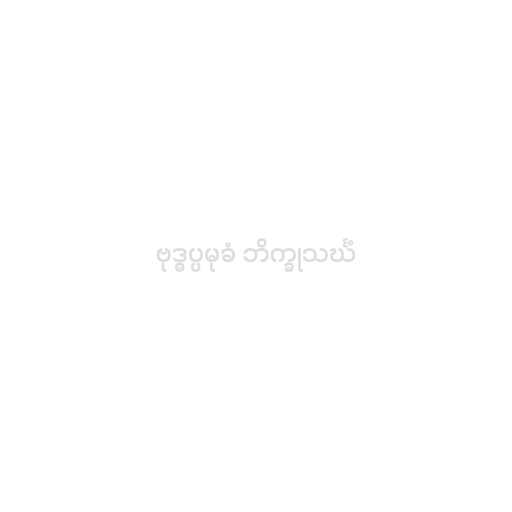
ဗုဒ္ဓပ္ပမုခံ ဘိက္ခုသင်္ဃံ